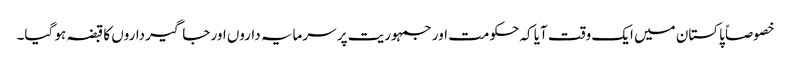
خصوصاً پاکستان میں ایک وقت آیا کہ حکومت اور جمہوریت پر سرمایہ داروں اور جاگیرداروں کا قبضہ ہو گیا۔